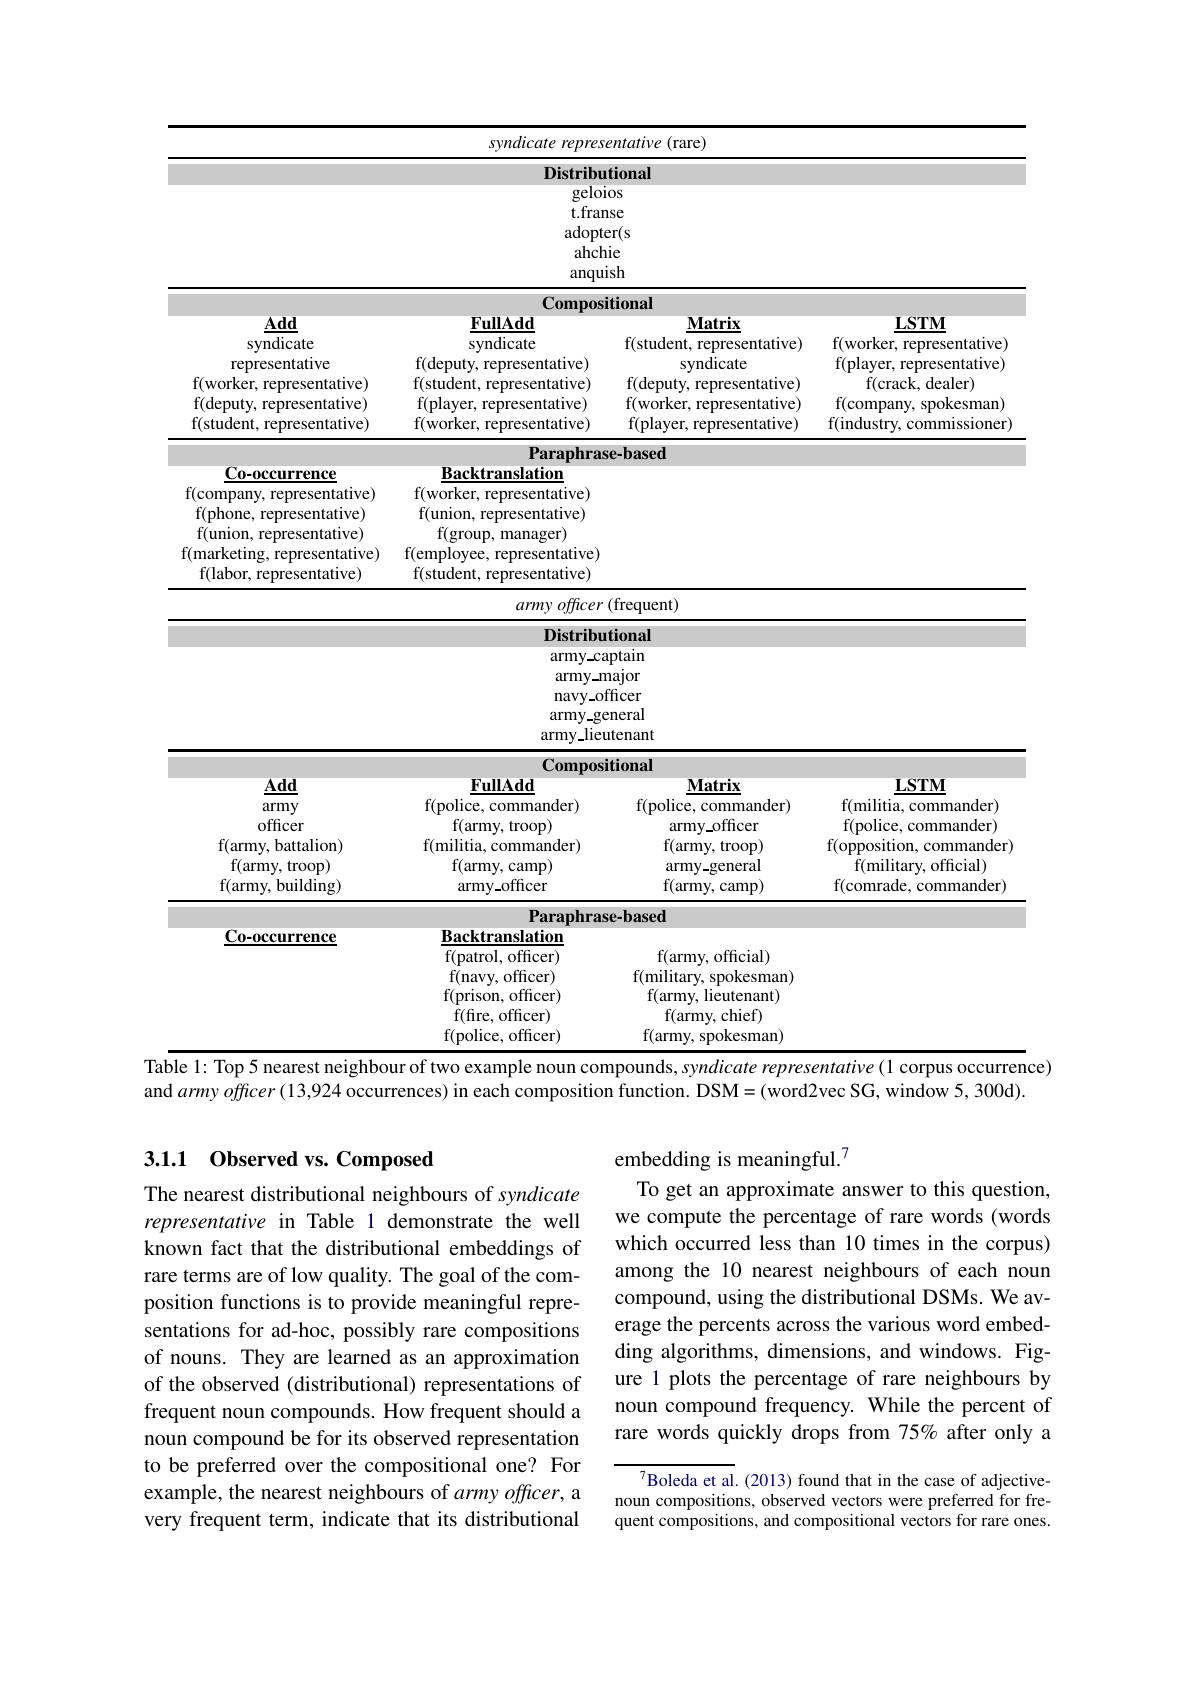
<table>
	<tbody>
		<tr>
			<td> </td>
			<td>syndicate repres</td>
			<td>ntative (rare)</td>
			<td> </td>
		</tr>
		<tr>
			<td> </td>
			<td>Distribu geloi t.fran $adopt\epsilon$ ahch anqui</td>
			<td>ional se r(s e sh</td>
			<td> </td>
		</tr>
		<tr>
			<td> </td>
			<td>Composi</td>
			<td>tional</td>
			<td> </td>
		</tr>
		<tr>
			<td>Auu syndicate representative f(worker, representative) f(deputy, representative) f(student, representative)</td>
			<td>$\Gamma u\Pi A$ .uu syndicate f(deputy, representative) f(student, representative) f(player, representative) f(worker, representative)</td>
			<td>NIallIX f(student, representative) syndicate f(deputy, representative) f(worker, representative) f(player, ,representative)</td>
			<td>$Ln$ $\mathbf{11}\mathbf{v}\mathbf{1}$ f(worker, representative) f(player, representative) f(crack, dealer) f(company, spokesman) f(industry, commissioner)</td>
		</tr>
		<tr>
			<td> ${\mathrm{ucm,~represcm}}$ </td>
			<td>115 $\mathbf{1},\mathbf{1}$ $1vv)$</td>
			<td>$(praycr,rcprcs)$ $\mathbf{urv}/$</td>
			<td>$\Gamma(muusuy,con$ $Di$ 910100</td>
		</tr>
		<tr>
			<td> </td>
			<td>Paraphras</td>
			<td>e-based</td>
			<td> </td>
		</tr>
		<tr>
			<td> </td>
			<td>Para</td>
			<td>e-Dasea</td>
			<td> </td>
		</tr>
		<tr>
			<td>Co-occurrence</td>
			<td>Backtranslation</td>
			<td> </td>
			<td> </td>
		</tr>
		<tr>
			<td> </td>
			<td>Distribu ${\mathrm{army-ca}}$ $\operatorname{army-m}$ navy-of ${\mathrm{army-ge}}$ army\_lieu</td>
			<td>ional otain ajor ficer neral tenant</td>
			<td> </td>
		</tr>
		<tr>
			<td> </td>
			<td>army- navy-of ${\mathrm{army-ge}}$ army\_lieu</td>
			<td>ajor ficer neral tenant</td>
			<td> </td>
		</tr>
		<tr>
			<td>$\overline{\mathbf{Add}}$ army officer f(army, battalion) f( army, troop) f(army, building)</td>
			<td>Compos $\mathbf{FullAdd}$ f(police, commander) f(army, troop) f(militia, commander) f(army, camp) $army\_officer$</td>
			<td>clonal $\mathbf{Matrix}$ f(police, commander) $army\_officer$ f(army, troop) army$\_$general f(army, camp)</td>
			<td>$\mathbf{LSTM}$ f(militia, commander) f(police, commander) f(opposition, commander) f(military, official) f(comrade, commander)</td>
		</tr>
		<tr>
			<td>$\mathbf{Add}$</td>
			<td>Compos IN FullAdd</td>
			<td> $\mathbf{Matriv}$</td>
			<td>$\mathbf{ISTM}$</td>
		</tr>
		<tr>
			<td> </td>
			<td>Paranhr</td>
			<td>-hased</td>
			<td> </td>
		</tr>
		<tr>
			<td>Co-occurrence</td>
			<td> Backtranslation f(patrol, officer) f(navy, officer) f(prison, officer) f(fire, officer) f(police. officer)</td>
			<td> f(army, official) f( military, spokesman) f(army, lieutenant) f(army, chief) f(armv. spokesman)</td>
			<td> </td>
		</tr>
		<tr>
			<td> </td>
			<td>f(police, officer)</td>
			<td>f(army, spokesman)</td>
			<td> </td>
		</tr>
	</tbody>
</table>
and $armyofficer(13,924$ occurrences) in each composition function. DSM=(word2vec SG, window 5, 300d).

## 3.1.1 Observed vs. Composed

The nearest distributional neighbours of syndicate representative in Table 1 demonstrate the well known fact that the distributional embeddings of rare terms are of low quality. The goal of the composition functions is to provide meaningful representations for ad-hoc, possibly rare compositions of nouns. They are learned as an approximation of the observed (distributional) representations of frequent noun compounds. How frequent should a noun compound be for its observed representation to be preferred over the compositional one? For example, the nearest neighbours of army officer, a very frequent term, indicate that its distributional

embedding is meaningful.$^{7}$
To get an approximate answer to this question, we compute the percentage of rare words (words which occurred less than 10 times in the corpus) among the 10 nearest neighbours of each noun compound, using the distributional DSMs. We average the percents across the various word embedding algorithms, dimensions, and windows. Figure 1 plots the percentage of rare neighbours by noun compound frequency. While the percent of rare words quickly drops from 75% after only a

$^{7}$Boleda et al.(2013) found that in the case of adjectivenoun compositions, observed vectors were preferred for frequent compositions, and compositional vectors for rare ones.